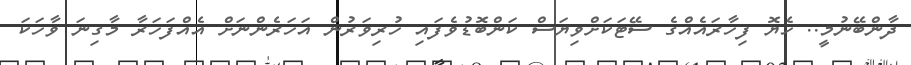
ދާންބޭނުމީ.. ހެޔޮ ފިހާރައެއްގެ ސޭޓަކަށްވިޔަސް ކަންބޮޑުވެފައި ހުރިވަރުން އަހަރެންނަށް އެއްފަހަރާ މާގިނަ ވާހަކަ